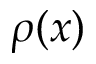
\rho ( x )